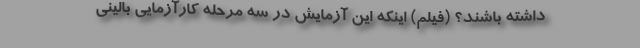
داشته باشند؟ (فیلم) اینکه این آزمایش در سه مرحله کارآزمایی بالینی